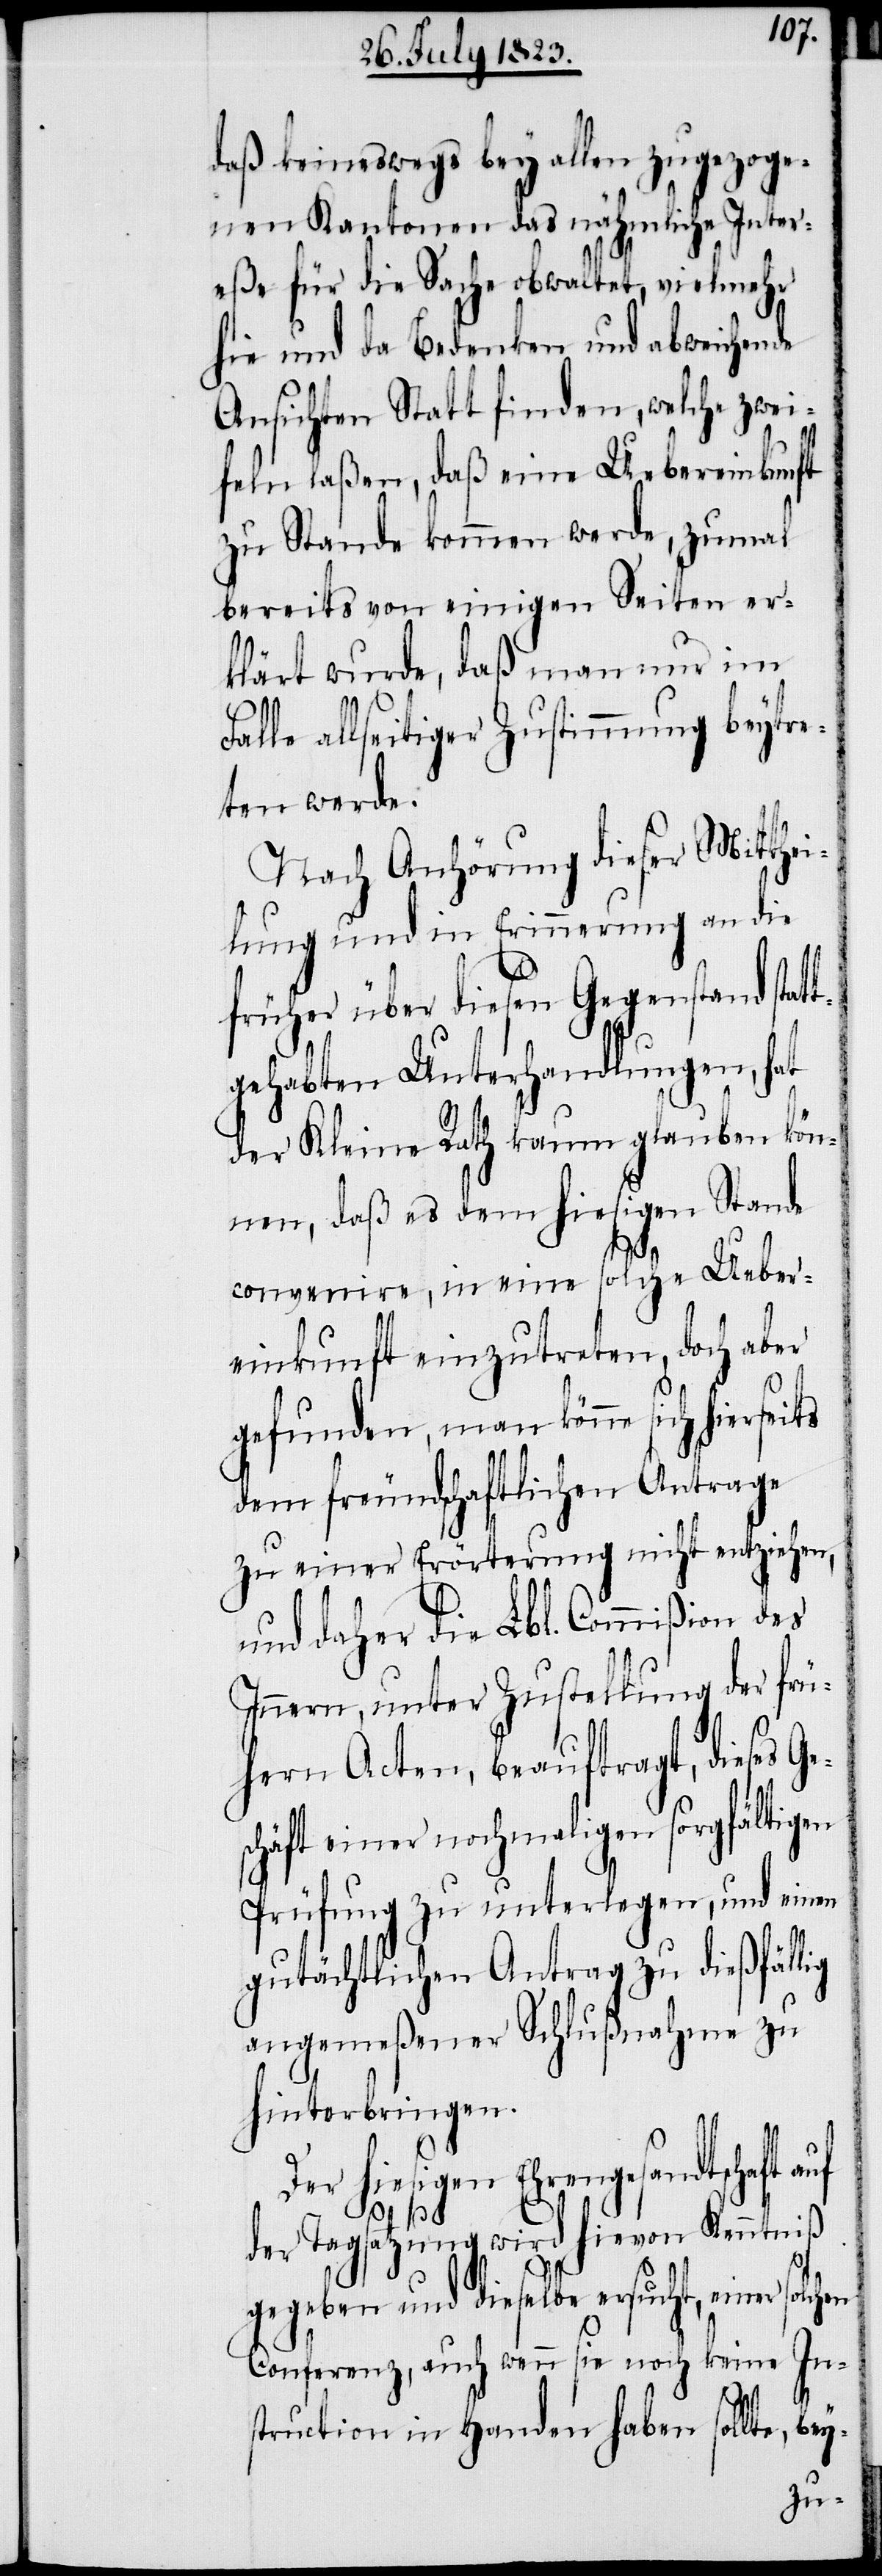
daß keineswegs bey allen zugezoge¬
nen Kantonen das nähmliche Inter¬
eße für die Sache obwaltet, vielmehr
hie und da Bedenken und abweichende
Ansichten Statt finden, welche zwei¬
feln laßen, daß eine Uebereinkunft
zu Stande kommen werde, zumal
bereits von einigen Seiten er¬
klärt wurde, daß man nur im
le allseitiger Zustimmung beytre¬
ten werde.
Nach Anhörung dieser Mitthei¬
lung und in Erinnerung an die
früher über diesen Gegenstand stat¬
tgehabten Unterhandlungen, hat
der Kleine Rath kaum glauben kön¬
nen, daß es dem hiesigen Stande
convenire, in eine solche Ueber¬
einkunft einzutreten, doch aber
gefunden, man könne sich hier¬
dem freundschaftlichen Antrage
zu einer Erörterung nicht entziehen,
und daher die Lbl. Commißion des
Innern, unter Zustellung der frü¬
hern Acten, beauftragt, dieses
schäft einer nochmaligen sorgfältigen
Prüfung zu unterlegen, und einen
gutächtlichen Antrag zu dießfällig
angemeßener Schlußnahme zu
hinterbringen.
Der hiesigen Ehrengesandtschaft auf
en
der Tagsatzung wird hievon Kenntniß
gegeben und dieselbe ersucht, einer solch¬
Conferenz, auch wenn sie noch keine In¬
struction in Handen haben sollte, be¬
y-